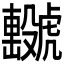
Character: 𧈖